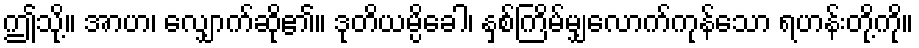
ဤသို့။ အာဟ၊ လျှောက်ဆို၏။ ဒုတိယမ္ပိခေါ၊ နှစ်ကြိမ်မျှလောက်ကုန်သော ရဟန်းတို့ကို။